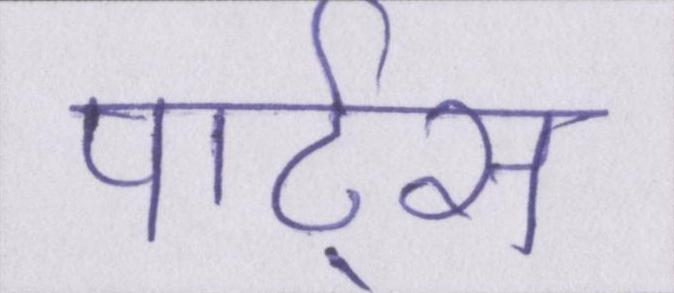
पार्ट्स